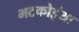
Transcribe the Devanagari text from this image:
भटकोइंया